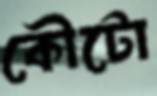
কৌটো